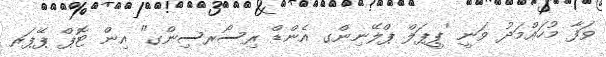
ވަފާ މުހައްމަދު ވަނީ 'ޕީޕަލް ޕްލޭނިންގ އެންޑް ރިސޯރސިންގ" އިން ޓޮޕް ޕޭޕަރ